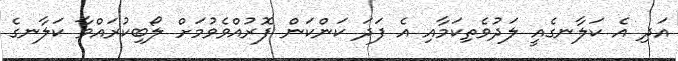
އަދި އެ ކަލާނގެއީ ލަދުވެތިކަމާއި އެ ފަދަ ކަންކަން ފޮރުއްވެވުމަށް ލޯބިކުރައްވާ ކަލާނގެ